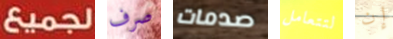
لجميع صرف صدمات لتتعامل إن